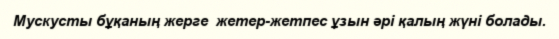
Мускусты бұқаның жерге  жетер-жетпес ұзын әрі қалың жүні болады.